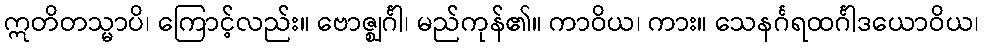
ဣတိတသ္မာပိ၊ ကြောင့်လည်း။ ဗောဇ္ဈင်္ဂါ၊ မည်ကုန်၏။ ကာဝိယ၊ ကား။ သေနင်္ဂရထင်္ဂါဒယောဝိယ၊